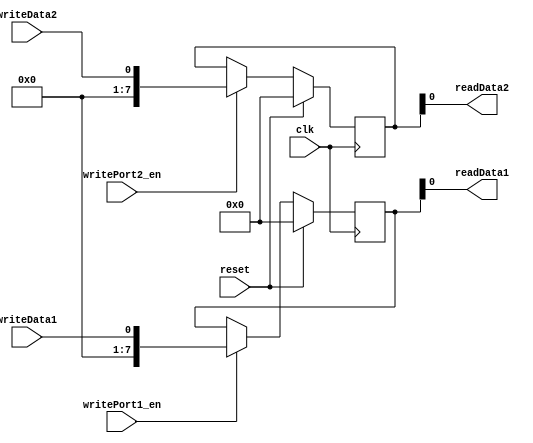
module DualPortRegister(
    input wire clk,
    input wire reset,
    
    // First register ports
    input wire writePort1_en,
    input wire writeData1,
    output reg readData1,
    
    // Second register ports
    input wire writePort2_en,
    input wire writeData2,
    output reg readData2
);

// First register
reg [7:0] register1;

always @(posedge clk) begin
    if (reset) begin
        register1 <= 8'b0;
    end else begin
        if (writePort1_en) begin
            register1 <= writeData1;
        end
    end
end

assign readData1 = register1;

// Second register
reg [7:0] register2;

always @(posedge clk) begin
    if (reset) begin
        register2 <= 8'b0;
    end else begin
        if (writePort2_en) begin
            register2 <= writeData2;
        end
    end
end

assign readData2 = register2;

endmodule